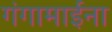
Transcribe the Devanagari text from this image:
गंगामाईना